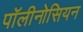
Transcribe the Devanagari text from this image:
पॉलीनोसियन